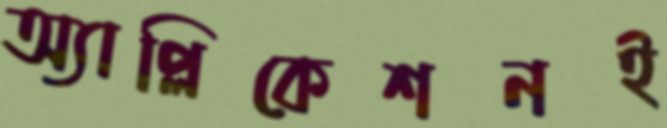
অ্যাপ্লিকেশনই